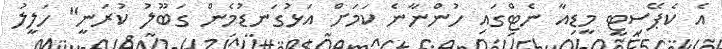
އެ ކެޕޭސިޓީ މީޑިއާ ނެޓްގައި ހުންނާނެ ކަމަށް އަޅުގަނޑުމެން ގަބޫލު ކުރަނީ" ހަލީލު